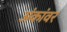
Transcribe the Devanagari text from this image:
अंकांवर